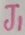
Text: J1